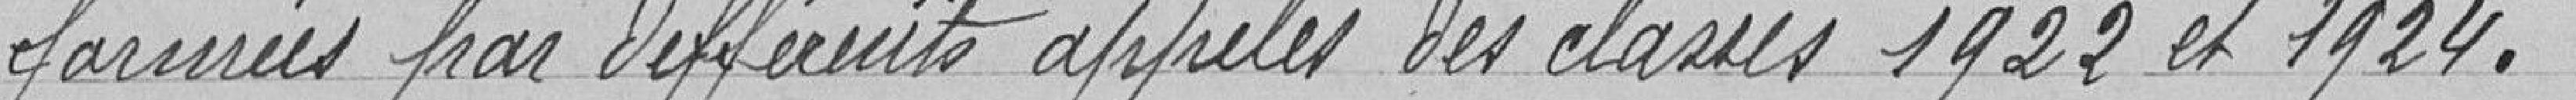
fournies par différents appelés des classes 1922 et 1924.